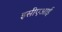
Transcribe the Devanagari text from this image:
इसीएआई